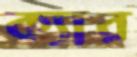
ক্যার